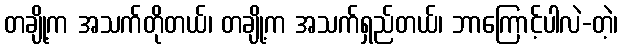
တချို့က အသက်တိုတယ်၊ တချို့က အသက်ရှည်တယ်၊ ဘာကြောင့်ပါလဲ-တဲ့၊